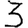
Digit: 3